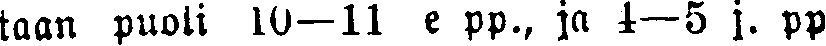
taan puoli 10—11 e pp., ja 4—5 j. pp